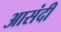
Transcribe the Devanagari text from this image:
आसंदी